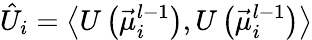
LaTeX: \hat{U}_{i}=\left\langle U\left(\vec{\mu}_{i}^{l-1}\right),U\left(\vec{\mu}_{i}^{l-1}\right)\right\rangle